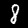
Label: 8